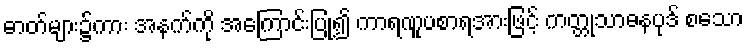
ဓာတ်များ၌ကား အနက်ကို အကြောင်းပြု၍ ကာရဏူပစာရအားဖြင့် ကတ္တုသာဓနပုဒ် စသော